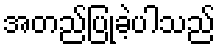
အတည်ပြုခဲ့ပါသည်